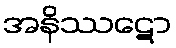
အနိဿဋော